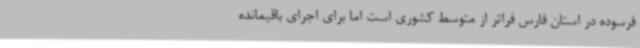
فرسوده در استان فارس فراتر از متوسط کشوری است اما برای اجرای باقیمانده